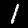
Label: 1